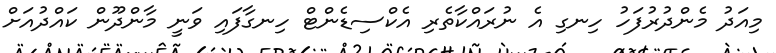
މިއަދު މެންދުރުފަހު ހިނގި އެ ނުރައްކާތެރި އެކްސިޑެންޓް ހިނގާފައި ވަނީ މާންދޫން ކައްދުއަށް